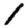
Digit: 1